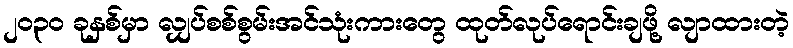
၂၀၃၀ ခုနှစ်မှာ လျှပ်စစ်စွမ်းအင်သုံးကားတွေ ထုတ်လုပ်ရောင်းချဖို့ လျာထားတဲ့